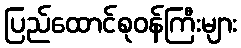
ပြည်ထောင်စုဝန်ကြီးများ